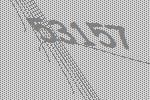
53157